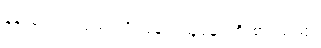
နန်းခင်က လှည်းကို ပြန်လှည့်ရန် ကြိုးစားသည်။